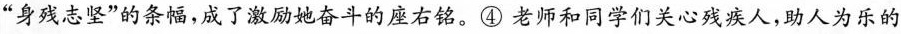
”身残志坚”的条幅，成了激励她奋斗的座右铭。④老师和同学们关心残疾人，助人为乐的